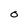
Character: 0